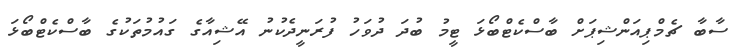
ސާބާ ޗެމްޕިއަންޝިޕަށް ބާސްކެޓްބޯޅަ ޓީމު ބުދަ ދުވަހު ފުރަނީދެކުނު އޭޝިއާގެ ގައުމުތަކުގެ ބާސްކެޓްބޯޅަ